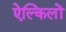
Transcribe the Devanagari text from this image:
ऐल्किलों